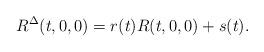
LaTeX: \begin{align*}R^{\Delta}(t,0,0)=r(t)R(t,0,0)+s(t).\end{align*}